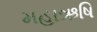
મહાઋષિ